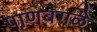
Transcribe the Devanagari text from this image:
पाणबगळे